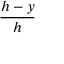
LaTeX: \frac { h - y } { h }